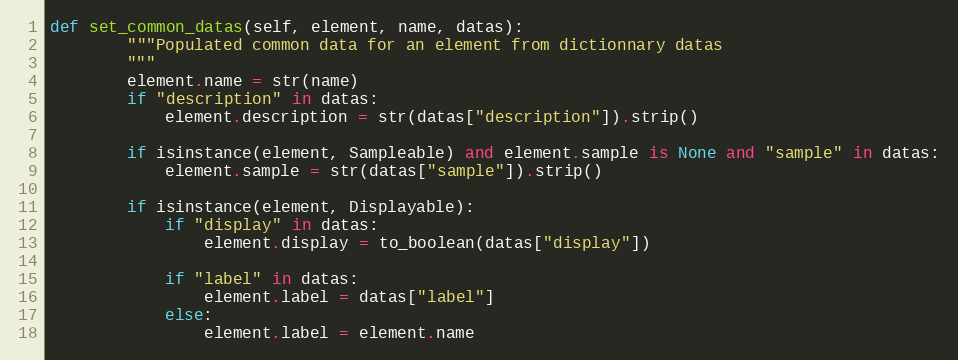
Language: Python
def set_common_datas(self, element, name, datas):
        """Populated common data for an element from dictionnary datas
        """
        element.name = str(name)
        if "description" in datas:
            element.description = str(datas["description"]).strip()

        if isinstance(element, Sampleable) and element.sample is None and "sample" in datas:
            element.sample = str(datas["sample"]).strip()

        if isinstance(element, Displayable):
            if "display" in datas:
                element.display = to_boolean(datas["display"])

            if "label" in datas:
                element.label = datas["label"]
            else:
                element.label = element.name